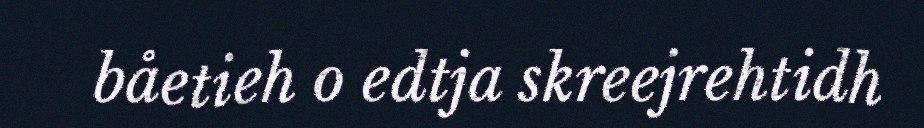
båetieh o edtja skreejrehtidh